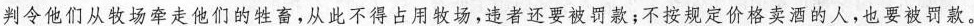
判令他们从牧场牵走他们的牲畜，从此不得占用牧场，违者还要被罚款；不按规定价格卖酒的人，也要被罚款。